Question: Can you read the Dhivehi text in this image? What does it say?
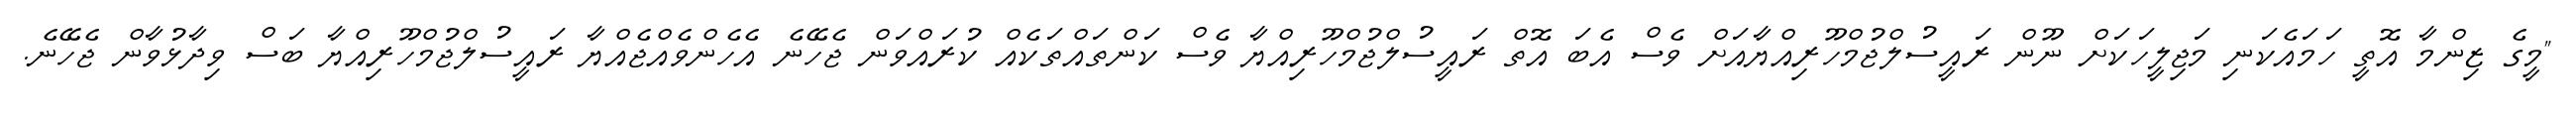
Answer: "މީގެ ޒިންމާ އޮތީ ހަމައެކަނި މަޖިލީހަކަށް ނޫން ރައީސުލްޖުމްހޫރިއްޔާއަށް ވެސް އެބަ އޮތް ރައީސުލްޖުމްހޫރިއްޔާ ވެސް ކަންތައްތަކެއް ކުރައްވަން ޖެހޭނެ އެހެންވެއްޖެއްޔާ ރައީސުލްޖުމްހޫރިއްޔާ ބަސް ވިދާޅުވާން ޖެހޭނެ.